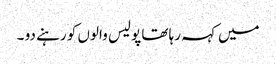
میں کہہ رہا تھا پولیس والوں کو رہنے دو ۔